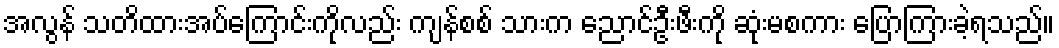
အလွန် သတိထားအပ်ကြောင်းကိုလည်း ကျန်စစ် သားက ညောင်ဦးဖီးကို ဆုံးမစကား ပြောကြားခဲ့ရသည်။